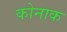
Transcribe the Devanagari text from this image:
कोनाक